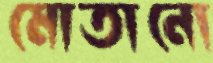
মোতানো